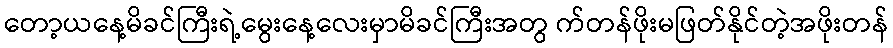
တော့ယနေ့မိခင်ကြီးရဲ့မွေးနေ့လေးမှာမိခင်ကြီးအတွ က်တန်ဖိုးမဖြတ်နိုင်တဲ့အဖိုးတန်